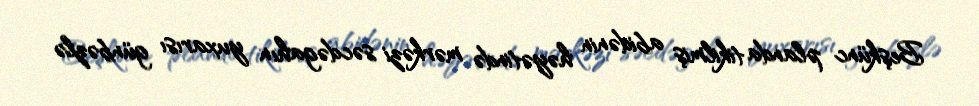
Beşkünc planda tikilmiş abidənin həyətində mərkəzi səcdəgahın yuxarısı günbəzlə